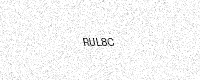
Text: RUL8C